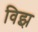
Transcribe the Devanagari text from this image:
विझ